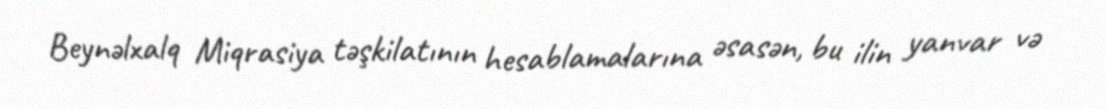
Beynəlxalq Miqrasiya təşkilatının hesablamalarına əsasən, bu ilin yanvar və